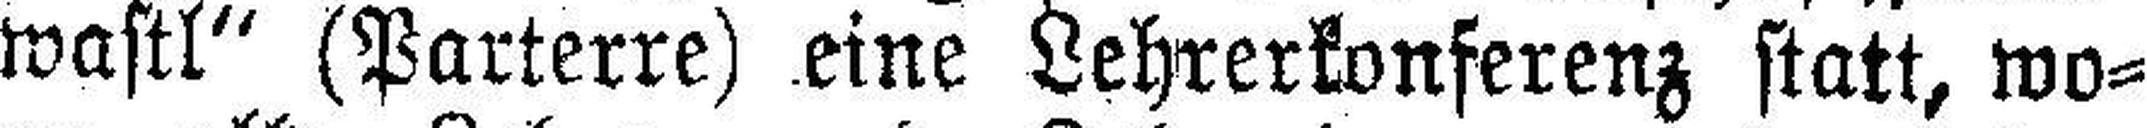
wastl“ (Parterre) eine Lehrerkonferenz statt, wo¬